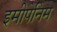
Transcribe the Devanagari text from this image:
इमीपेनिम